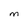
Character: M